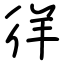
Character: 徉